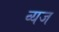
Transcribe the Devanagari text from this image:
व्यज